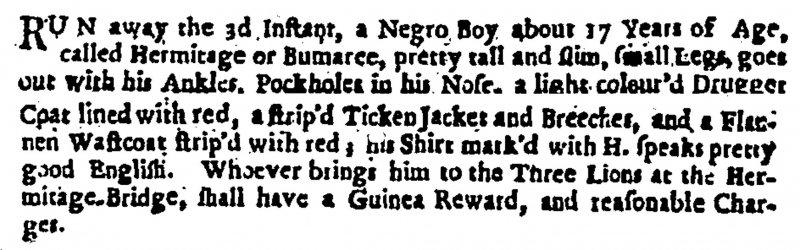
London Gazette, 12 May 1707 (England)
RUN away the 3d Instant, a Negro Boy about 17 Years of Age, called Hermitage or Bumaree, pretty tall and slim, small Legs, goes out with his Ankles, Pockholes in his Nose, a light colour’d Drugget Coat lined with red, a strip’d Ticken Jacket and Breeches, and a Flannen Wastcoat strip’d with red; his Shirt mark’d with H. speaks pretty good English. Whoever brings him to the Three Lions at the Hermitage Bridge, shall have a Guinea Reward, and reasonable Charges.